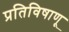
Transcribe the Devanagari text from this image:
प्रतिविषाणू